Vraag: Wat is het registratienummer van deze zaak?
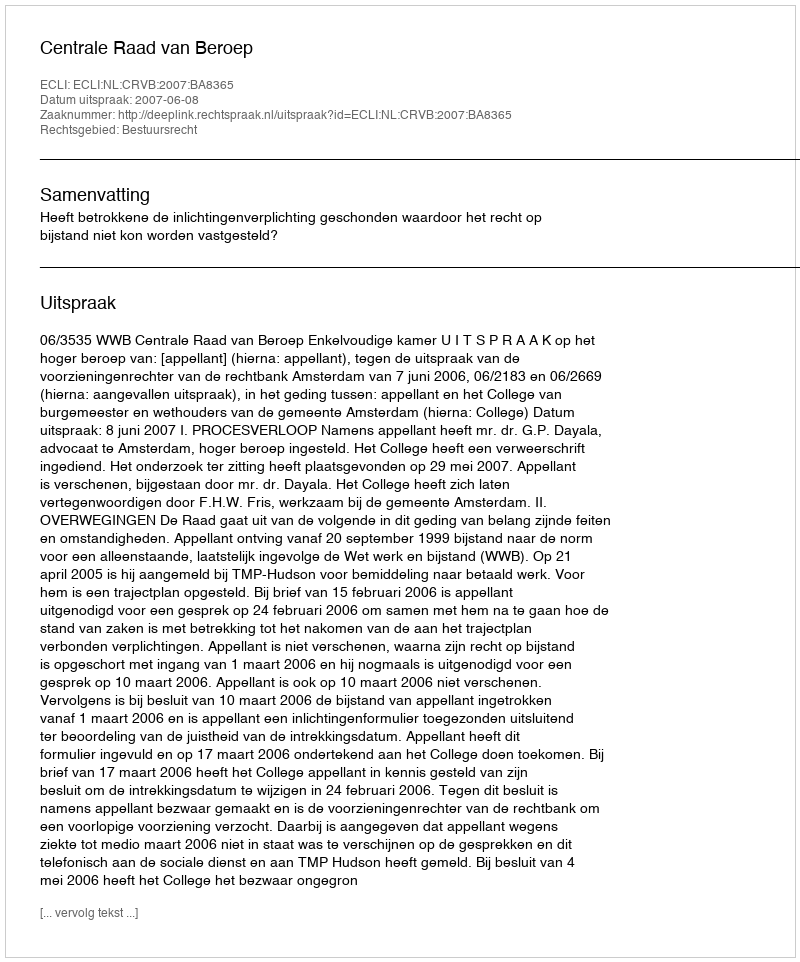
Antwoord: http://deeplink.rechtspraak.nl/uitspraak?id=ECLI:NL:CRVB:2007:BA8365